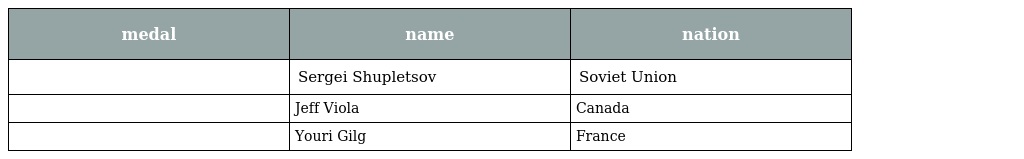
| medal | name | nation |
 | --- | --- | --- |
 |  | Sergei Shupletsov | Soviet Union |
 |  | Jeff Viola | Canada |
 |  | Youri Gilg | France |